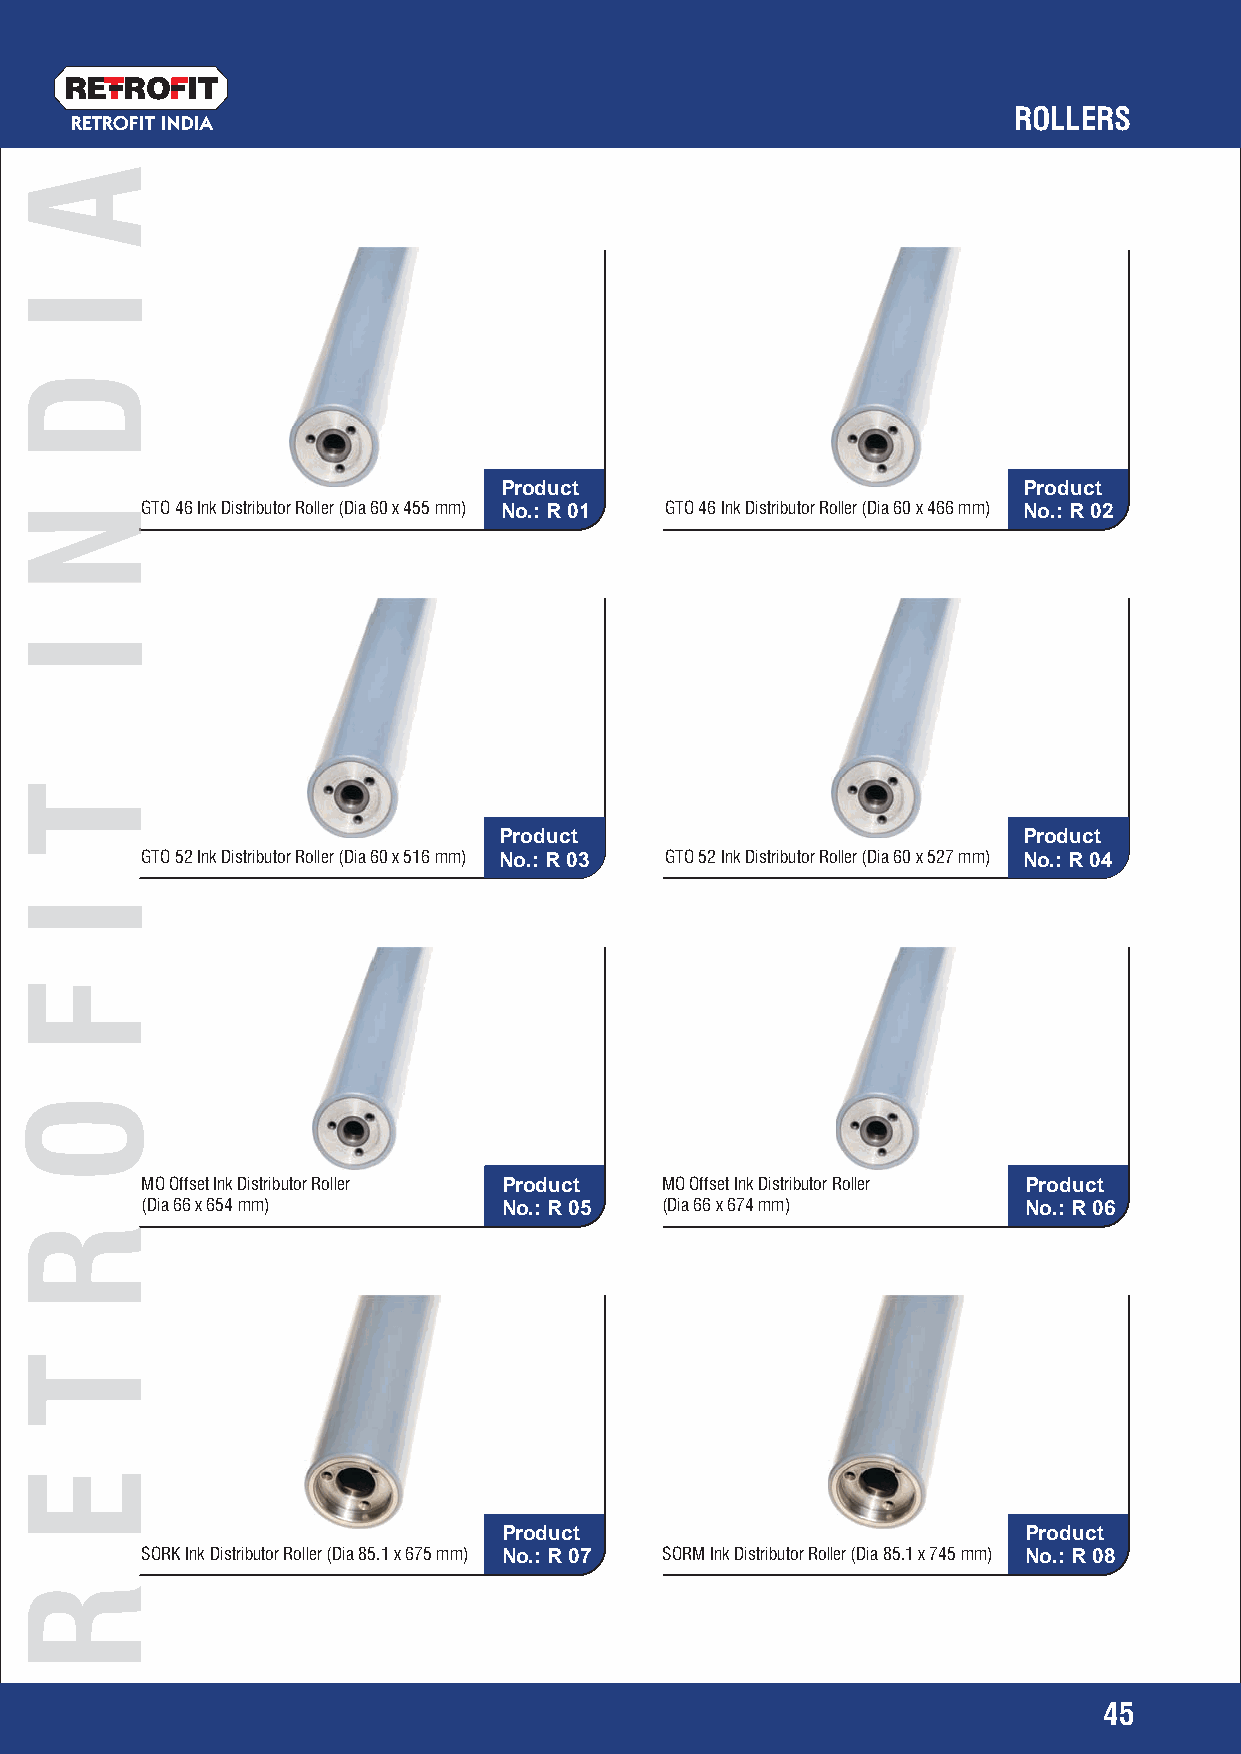
RETRO   IT
 ROLLERS
 RETROFIT INDIA
 Product                            Product
 GTO 46 Ink Distributor Roller (Dia 60 x 455 mm) No.: R 01 GTO 46 Ink Distributor Roller (Dia 60 x 466 mm) No.: R 02
 Product                            Product
 GTO 52 Ink Distributor Roller (Dia 60 x 516 mm) No.: R 03 GTO 52 Ink Distributor Roller (Dia 60 x 527 mm) No.: R 04
 MO Offset Ink Distributor Roller Product MO Offset Ink Distributor Roller Product
 (Dia 66 x 654 mm)       No.: R 05  (Dia 66 x 674 mm)       No.: R 06
 Product                            Product
 SORK Ink Distributor Roller (Dia 85.1 x 675 mm) No.: R 07 SORM Ink Distributor Roller (Dia 85.1 x 745 mm) No.: R 08
 45
 A
 I
 D
 NN
 I
 T
 I
 F
 O
 R
 T
 E
 R